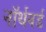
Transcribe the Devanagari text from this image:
नॉर्थवर्ड